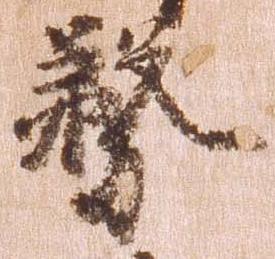
務